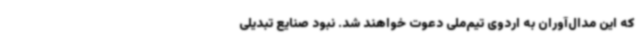
که این مدال‌آوران به اردوی تیم‌ملی دعوت خواهند شد. نبود صنایع تبدیلی